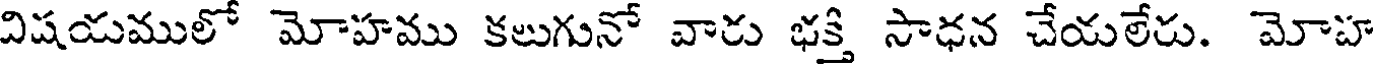
విషయములో మోహము కలుగునో వారు భక్తి సాధన చేయలేరు. మోహ